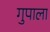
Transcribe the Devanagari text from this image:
गुपाला